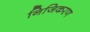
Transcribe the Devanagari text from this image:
निजिकरण